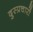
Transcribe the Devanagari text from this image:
दुस्प्रचारों